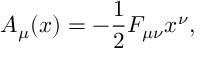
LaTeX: A _ { \mu } ( x ) = - { \frac { 1 } { 2 } } F _ { \mu \nu } x ^ { \nu } ,